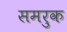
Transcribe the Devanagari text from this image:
समरुक